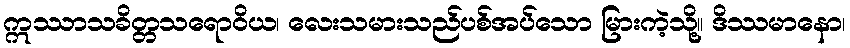
ဣဿာသခိတ္တသရောဝိယ၊ လေးသမားသည်ပစ်အပ်သော မြားကဲ့သို့။ ဒိဿမာနော၊